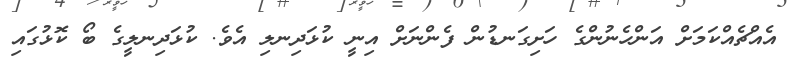
އެއްޗެއްކަމަށް އަންހެނުންގެ ހަށިގަނޑުން ފެންނަށް އިނީ ކުޅަދިނލި އެވެ. ކުޅަދިނލީގެ ބޯ ކޮޅުގައި